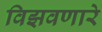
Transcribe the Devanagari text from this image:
विझवणारे